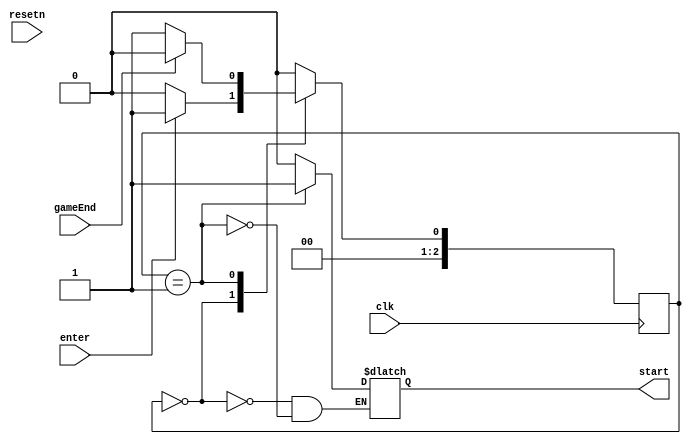

module start(
    input clk,
    input resetn,
	 input enter,
	 input gameEnd,
    output reg  start
    );

    reg [2:0] current_state, next_state; 
    localparam S_IDLE = 3'b000,
					S_STAY = 3'b001;
					//S_STAY = 3'b010;
			
    always@(*)
    begin: state_table 
        case (current_state)
					S_IDLE: next_state = (enter) ? S_STAY : S_IDLE;
					S_STAY: next_state = (gameEnd) ? S_IDLE : S_STAY;
					default: next_state = S_IDLE;
        endcase
    end // state_table

	 
	 
    always @(*)
    begin: enable_signals
        		  
        case (current_state)
		  
				S_IDLE: 
				begin
					start = 0;
				end
				S_STAY:
				begin
					start = 1;
				end
		
        endcase
    end // enable_signals
   
    // current_state registers
    always@(posedge clk)
    begin: state_FFs
            current_state <= next_state;
    end // state_FFS
endmodule